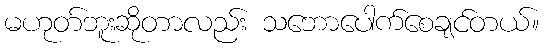
မဟုတ်ဘူးဆိုတာလည်း သဘောပေါက်စေချင်တယ်။